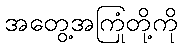
အတွေ့အကြုံတို့ကို